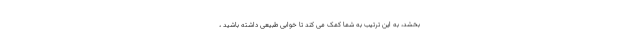
بخشد، به این ترتیب به شما کمک می کند تا خوابی طبیعی داشته باشید ،